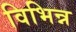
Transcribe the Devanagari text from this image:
विभिन्न